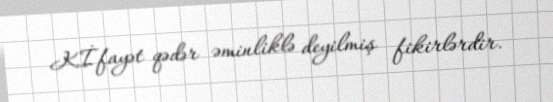
Kİfayət qədər əminliklə deyilmiş fikirlərdir.